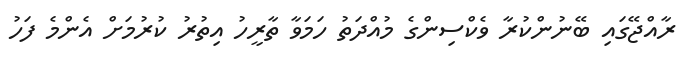
ރާއްޖޭގައި ބޭނުންކުރާ ވެކްސިންގެ މުއްދަތު ހަމަވާ ތާރީހު އިތުރު ކުރުމަށް އެންމެ ފަހު